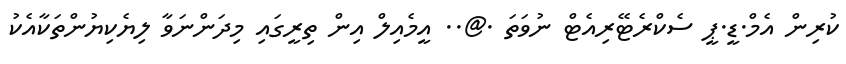
ކުރިން އެމް.ޑީ.ޕީ ސެކްރެޓޭރިއެޓް ނުވަތަ .@.. އީމެއިލް އިން ތިރީގައި މިދަންނަވާ ލިޔެކިޔުންތަކާއެކު